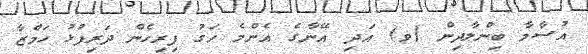
އުސާމާ ބިންލާދިން (ވ) އަދި އޭނާގެ އެންމެ ހަގު ފިރިހެން ދަރިފުޅު ހަމްޒާ